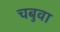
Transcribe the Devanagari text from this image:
चबुवा